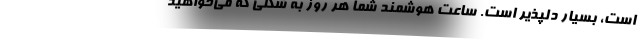
است، بسیار دلپذیر است. ساعت هوشمند شما هر روز به شکلی که می‌خواهید